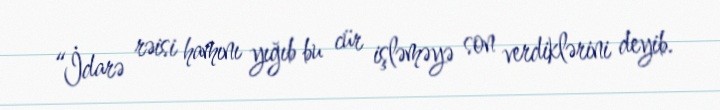
“İdarə rəisi hamını yığıb bu cür işləməyə son verdiklərini deyib.